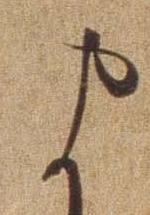
ま